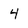
Character: 4